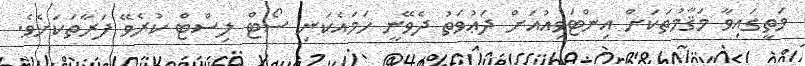
މަތީގައިވާ މަޤާމުތަކަށް އިންޓަވިއުއަށް ދަޢުވަތު ދެވޭނީ ހަމައެކަނި ސޯޓް ލިސްޓް ކުރެވޭ ފަރާތަކަށެވެ.